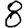
Digit: 8